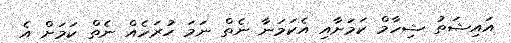
އައިޝަތު ޝިހާމް ކަމަށާއި އެކަމަނާ ނެތް ނަމަ ހުރަހެއް ނެތް ކަމަށް އެ